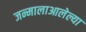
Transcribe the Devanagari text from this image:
जन्मालाआलेल्या